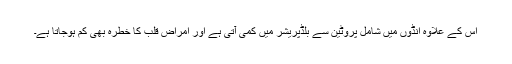
اس کے علاوہ انڈوں میں شامل پروٹین سے بلڈپریشر میں کمی آتی ہے اور امراض قلب کا خطرہ بھی کم ہوجاتا ہے۔